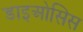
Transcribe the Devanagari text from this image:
डाइओसिस